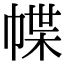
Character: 幉